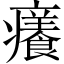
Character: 癢